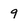
Character: 9